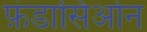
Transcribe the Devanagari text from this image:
फ़ंडासिओन